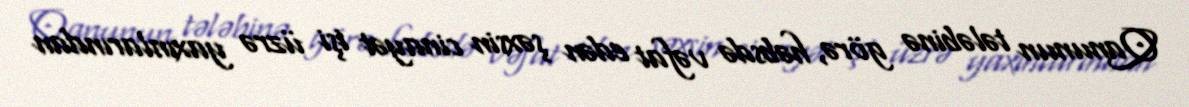
Qanunun tələbinə görə, həbsdə vəfat edən şəxsin cinayət işi üzrə yaxınlarından